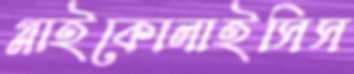
গ্লাইকোলাইসিস